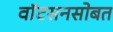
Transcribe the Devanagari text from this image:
वाॅटसनसोबत